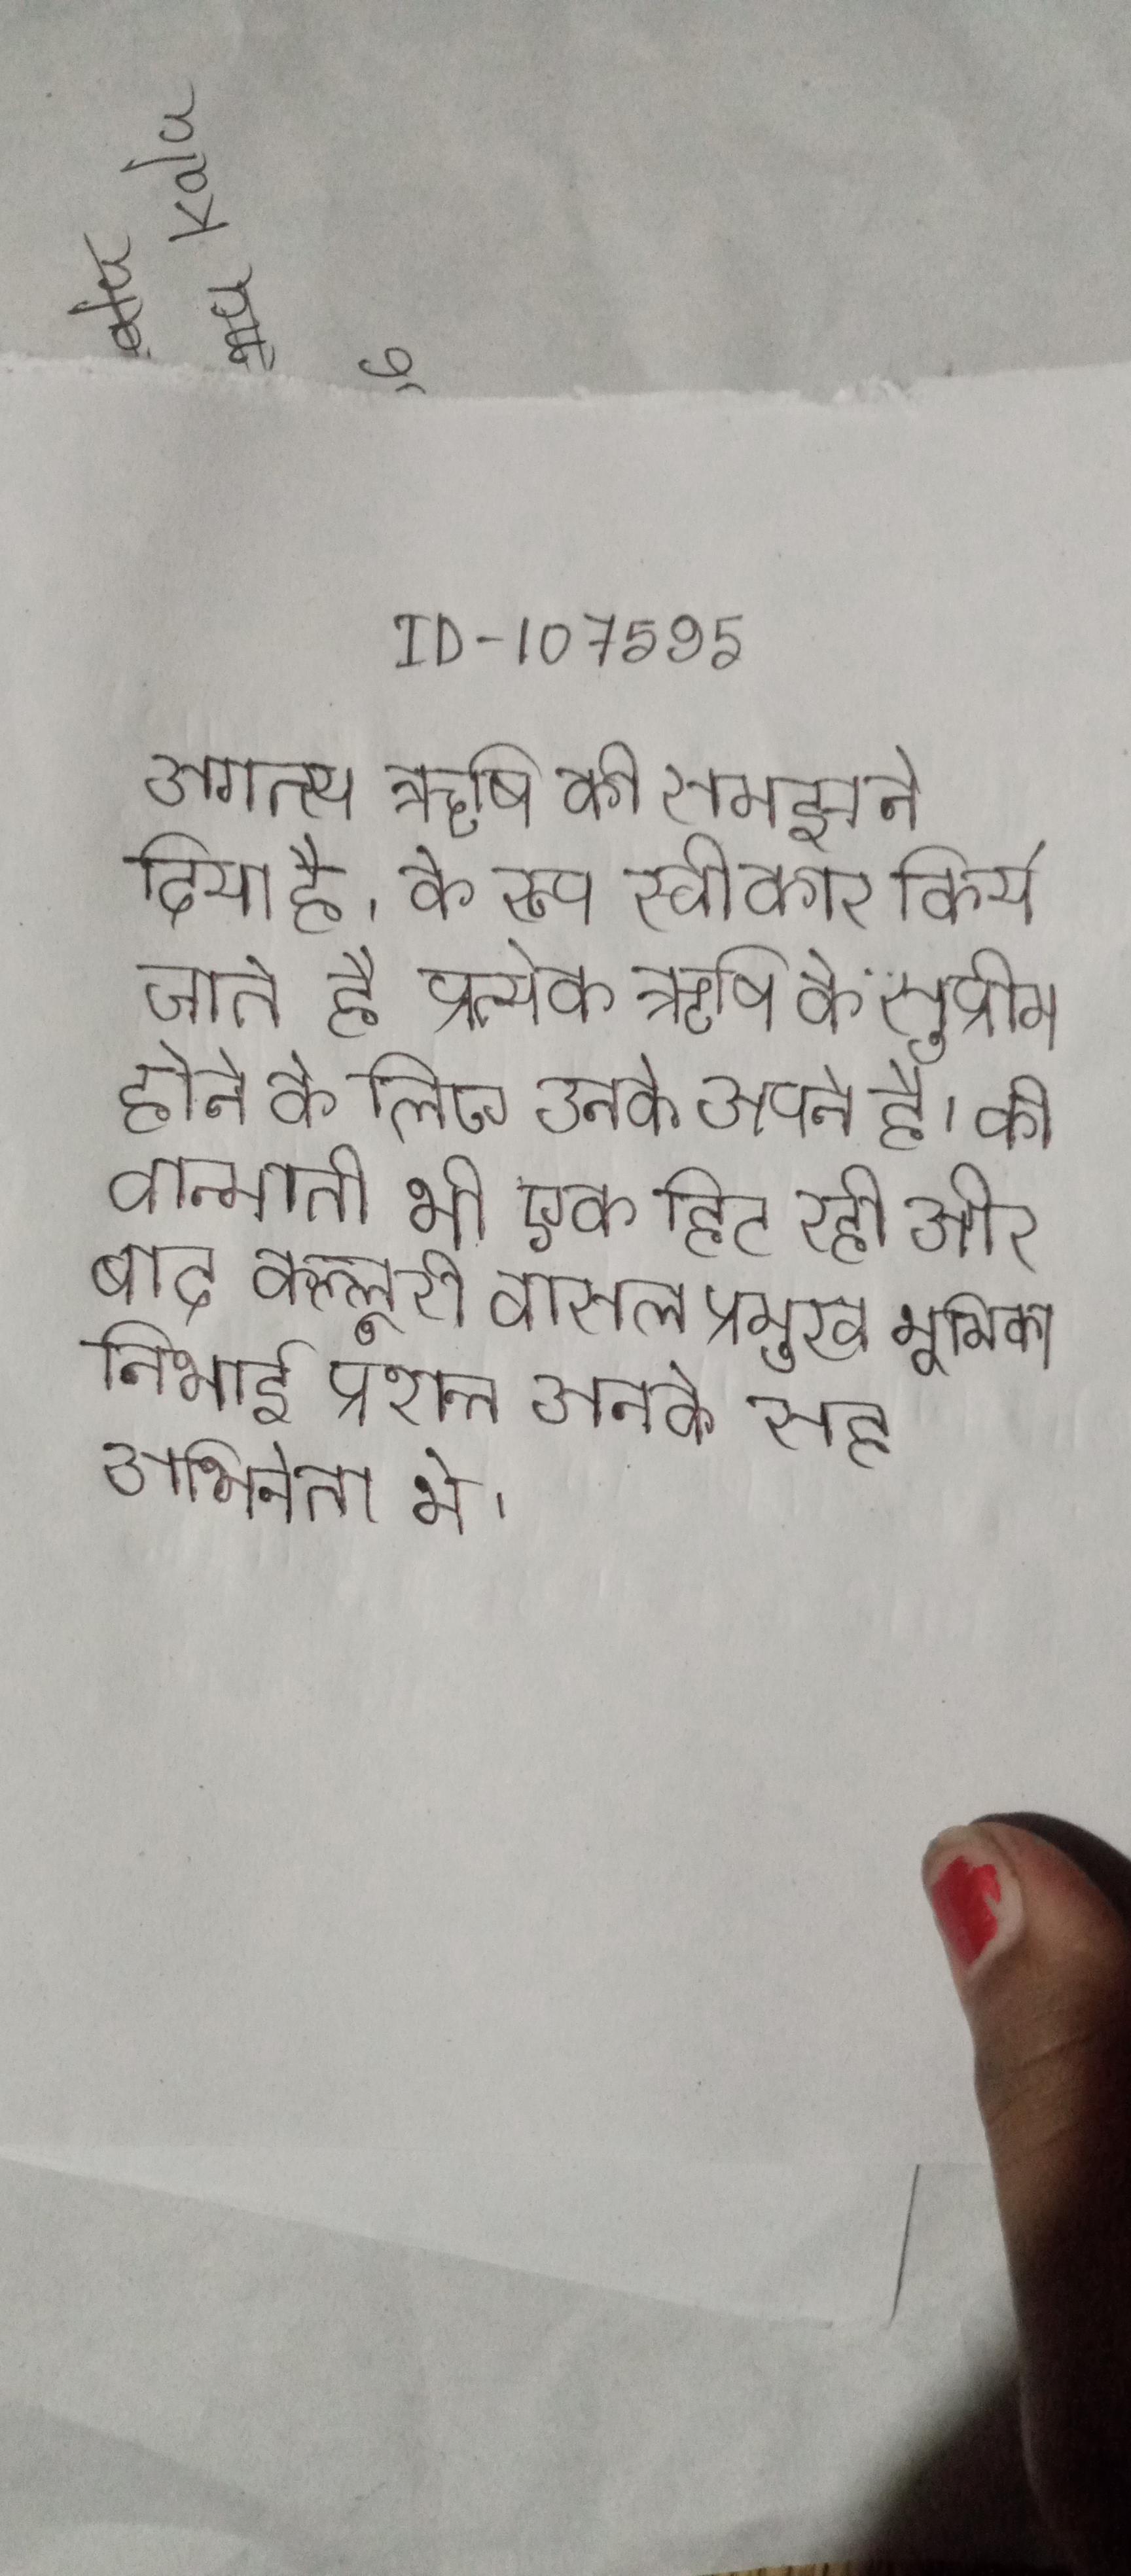
अगत्स्य ऋषि की समझने योगदान दिया है, के रूप स्वीकार किये जाते है प्रत्येक ऋषि के सुप्रीम होने के लिए उनके अपने है । की वान्मती भी एक हिट रही और बाद कल्लूरी वासल प्रमुख भूमिका निभाई प्रशान्त उनके सह अभिनेता थे ।